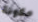
مكونة